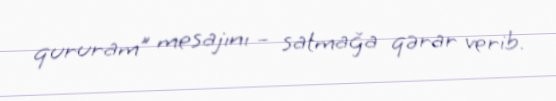
qururam” mesajını – satmağa qərar verib.